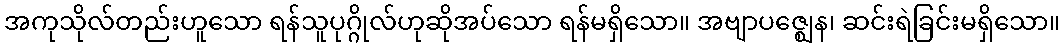
အကုသိုလ်တည်းဟူသော ရန်သူပုဂ္ဂိုလ်ဟုဆိုအပ်သော ရန်မရှိသော။ အဗျာပဇ္ဈေန၊ ဆင်းရဲခြင်းမရှိသော။